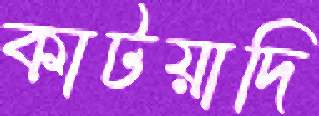
কাটয়াদি